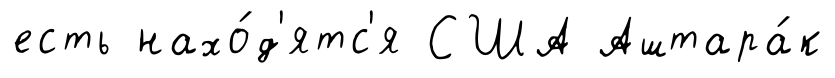
есть нахо́д'ятс'я США Аштара́к